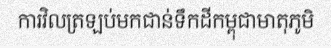
ការវិលត្រឡប់មកជាន់ទឹកដីកម្ពុជាមាតុភូមិ